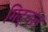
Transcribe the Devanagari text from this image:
मिट्चल